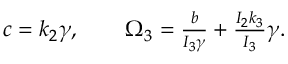
\begin{array} { r } { c = k _ { 2 } \gamma , \qquad \Omega _ { 3 } = \frac { b } { I _ { 3 } \gamma } + \frac { I _ { 2 } k _ { 3 } } { I _ { 3 } } \gamma . } \end{array}